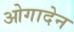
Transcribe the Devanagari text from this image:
ओगादेन